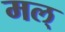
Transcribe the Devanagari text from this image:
मल्